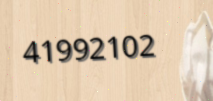
41992102